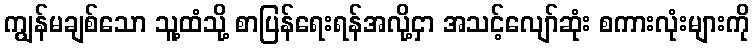
ကျွန်မချစ်သော သူ့ထံသို့ စာပြန်ရေးရန်အလို့ငှာ အသင့်လျော်ဆုံး စကားလုံးများကို